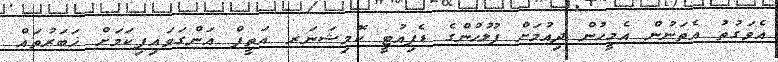
އެވަގުތު އެތަނުން އެމީހުން ދިއުމަށް ފުލުހުންގެ ޑެޕިއުޓީ ކޮމިޝަނަރ އަތީފް އަންގަވައިފިކަމަށް ޚަބަރުތައް